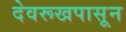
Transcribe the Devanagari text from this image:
देवरूखपासून